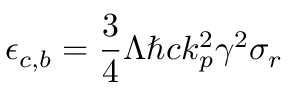
\epsilon _ { c , b } = \frac { 3 } { 4 } \Lambda \hbar c k _ { p } ^ { 2 } \gamma ^ { 2 } \sigma _ { r }